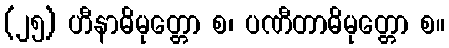
(၂၅) ဟီနာဓိမုတ္တော စ၊ ပဏီတာဓိမုတ္တော စ။